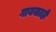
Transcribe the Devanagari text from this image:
गायनातही